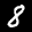
Label: 8